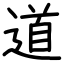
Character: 道